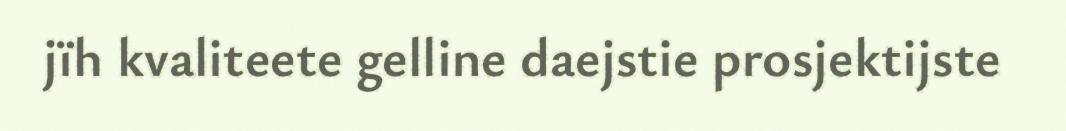
jïh kvaliteete gelline daejstie prosjektijste